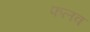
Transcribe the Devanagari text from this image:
फलव